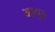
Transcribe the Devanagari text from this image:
आयुत